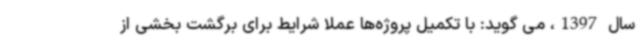
سال 1397، می گوید: با تکمیل پروژه‌ها عملا شرایط برای برگشت بخشی از